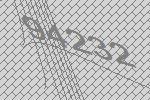
94232